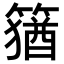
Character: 𥴕